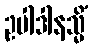
ဥပါဒါနသ္မိံ